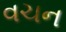
વચન